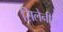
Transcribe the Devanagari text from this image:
सिलेनीज